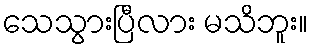
သေသွားပြီလား မသိဘူး။